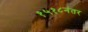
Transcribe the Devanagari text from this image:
१५१८नंतर